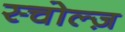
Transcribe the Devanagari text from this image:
स्चोल्ज़